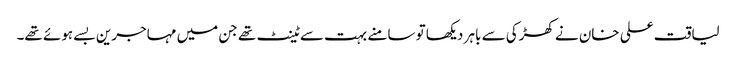
لیاقت علی خان نے کھڑکی سے باہر دیکھا تو سامنے بہت سے ٹینٹ تھے جن میں مہاجرین بسے ہوئے تھے۔